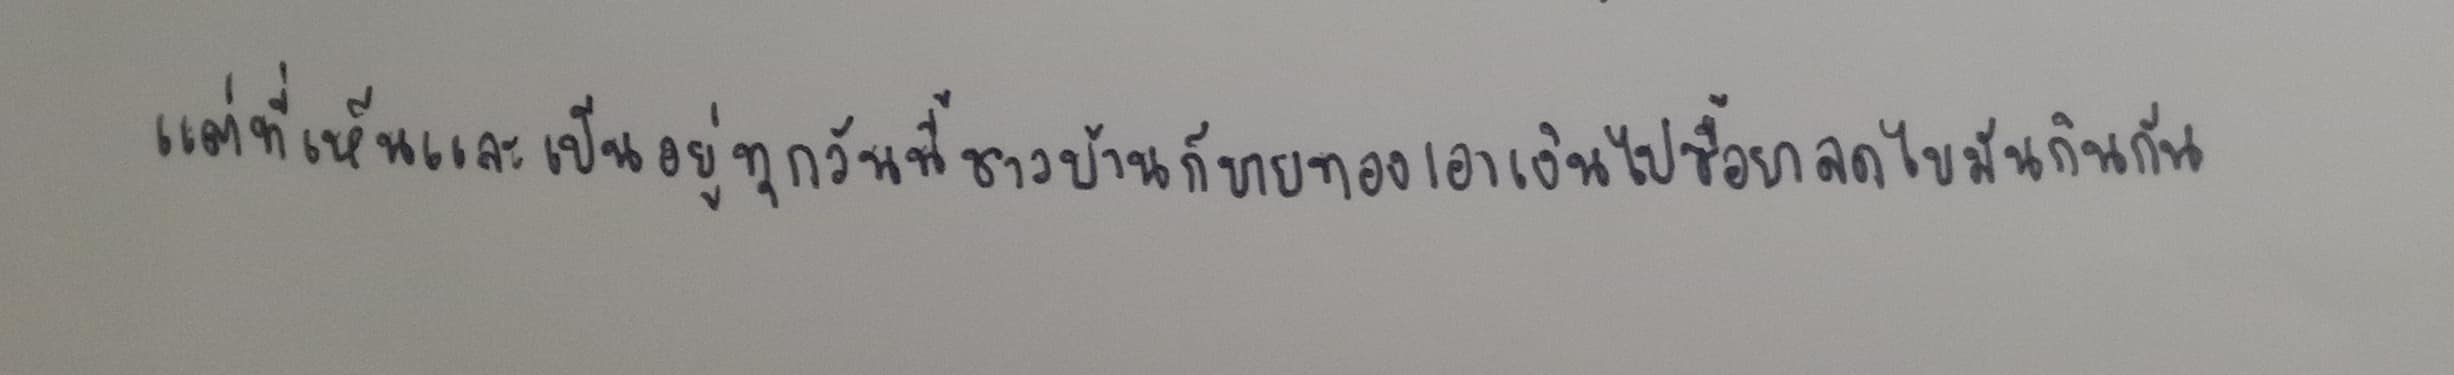
แต่ที่เห็นและเป็นอยู่ทุกวันนี้ชาวบ้านก็ขายทองเอาเงินไปซื้อยาลดไขมันกินกัน